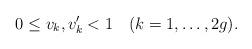
LaTeX: \begin{align*}0\leq v_k,v_k'<1\quad(k=1,\ldots,2g).\end{align*}